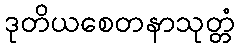
ဒုတိယစေတနာသုတ္တံ